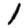
Digit: 1